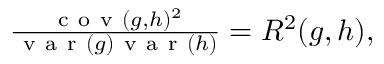
\begin{array} { r } { \frac { \mathrm { ~ c ~ o ~ v ~ } ( g , h ) ^ { 2 } } { \mathrm { ~ v ~ a ~ r ~ } ( g ) \mathrm { ~ v ~ a ~ r ~ } ( h ) } = R ^ { 2 } ( g , h ) , } \end{array}